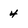
Character: 4